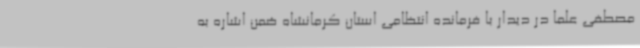
مصطفی علما در دیدار با فرمانده انتظامی استان کرمانشاه ضمن اشاره به